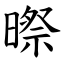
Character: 暩